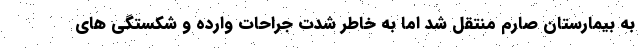
به بیمارستان صارم منتقل شد اما به خاطر شدت جراحات وارده و شکستگی های